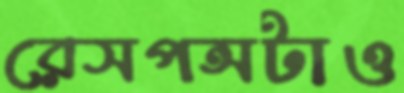
রেসপন্সটাও